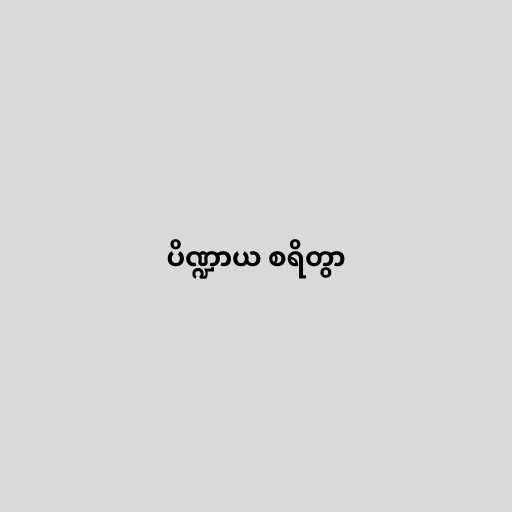
ပိဏ္ဍာယ စရိတွာ